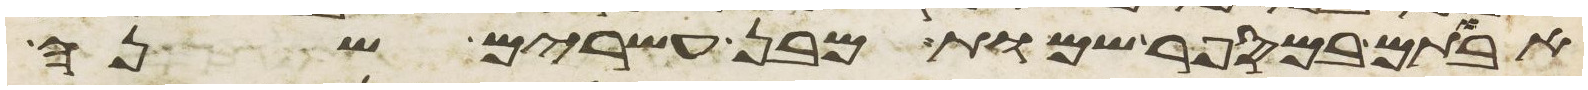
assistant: אבותם במספר שמות מבן עשרים שנה